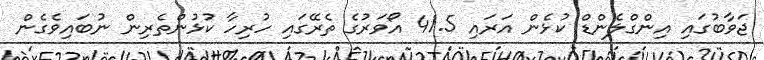
ޖަވާބުގައި އިންގްލެންޑް ކުޅެން އަރައި 41.5 އޯވަރުގެ ތެރޭގައި ހުރިހާ ކުޅުންތެރިން ނުބައިވެގެން